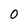
Character: 0